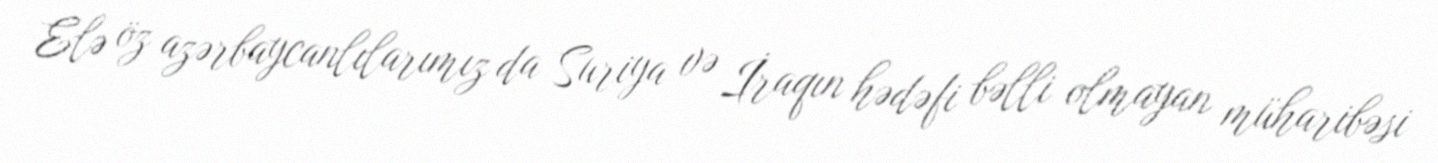
Elə öz azərbaycanlılarımız da Suriya və İraqın hədəfi bəlli olmayan müharibəsi